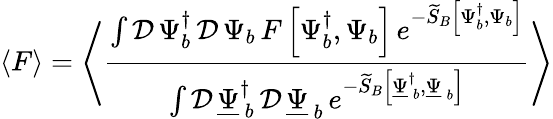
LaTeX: \left\langle F\right\rangle=\left\langle\frac{\int\mathcal{D}\, \Psi_{b}^{\dagger}\, \mathcal{D}\, \Psi_{b}\, F\left[\Psi_{b}^{\dagger},\Psi_{b}\right]\, e^{-\widetilde{S}_{B}\left[\Psi_{b}^{\dagger},\Psi_{b}\right]}}{\int\mathcal{D}\, \underline{{\Psi}}_{\, b}^{\dagger}\, \mathcal{D}\, \underline{{\Psi}}_{\, b}\, e^{-\widetilde{S}_{B}\left[\underline{{\Psi}}_{\, b}^{\dagger},\underline{{\Psi}}_{\, b}\right]}}\right\rangle